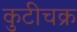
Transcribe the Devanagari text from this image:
कुटीचक्र